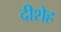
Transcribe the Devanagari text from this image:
दीशेह